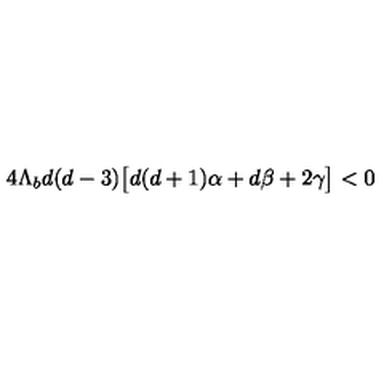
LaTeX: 4 \Lambda _ { b } d ( d - 3 ) \big [ d ( d + 1 ) \alpha + d \beta + 2 \gamma \big ] < 0